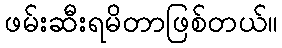
ဖမ်းဆီးရမိတာဖြစ်တယ်။